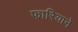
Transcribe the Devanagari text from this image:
फारियाने